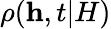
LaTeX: \rho(\textbf{h},t|H)